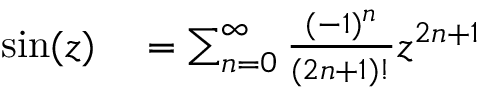
\begin{array} { r l } { \sin ( z ) } & { { } = \sum _ { n = 0 } ^ { \infty } { \frac { ( - 1 ) ^ { n } } { ( 2 n + 1 ) ! } } z ^ { 2 n + 1 } } \end{array}